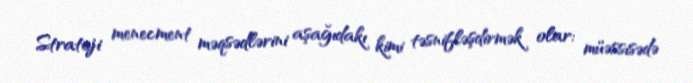
Strateji menecment məqsədlərini aşağıdakı kimi təsnifləşdirmək olar: müəssisədə